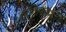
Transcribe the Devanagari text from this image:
जनचेतनायुक्त